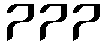
777